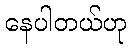
နေပါတယ်ဟု